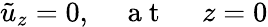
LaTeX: \tilde{u}_{z}=0,\quad\mathrm{~a~t~\ }\quad z=0